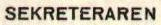
SEKRETERAREN